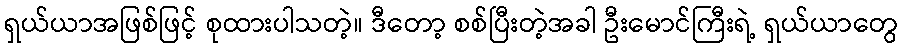
ရှယ်ယာအဖြစ်ဖြင့် စုထားပါသတဲ့။ ဒီတော့ စစ်ပြီးတဲ့အခါ ဦးမောင်ကြီးရဲ့ ရှယ်ယာတွေ